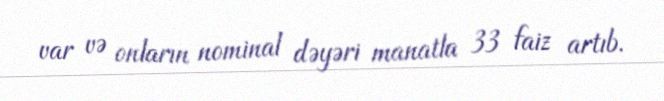
var və onların nominal dəyəri manatla 33 faiz artıb.